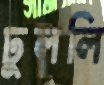
ঢুললি